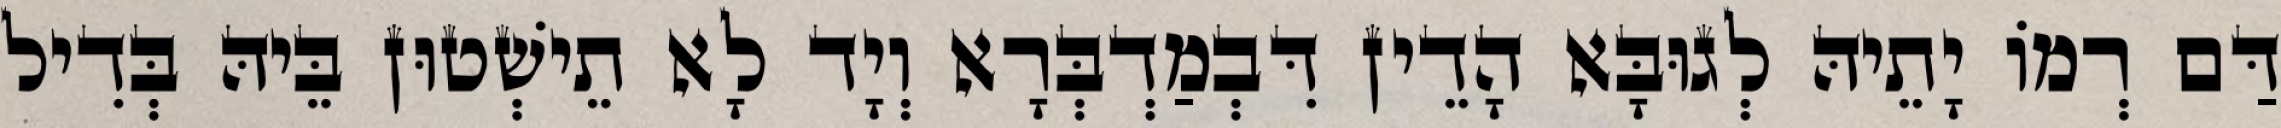
דַּם רְמוֹ יָתֵיהּ לְגוּבָּא הָדֵין דִּבְמַדְבְּרָא וְיָד לָא תֵישְׁטוּן בֵּיהּ בְּדִיל